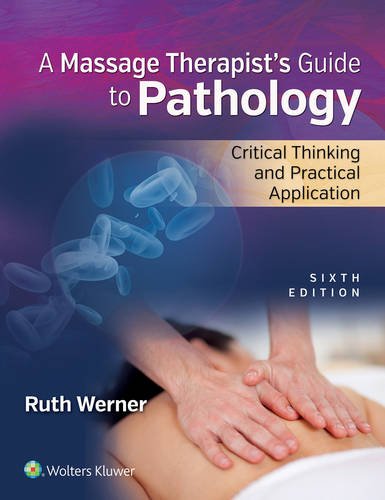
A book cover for Massage TherapistEEs Guide to Pathology: Critical Thinking and Practical Application; Ruth Werner LMP  NCTMB; Medical Books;